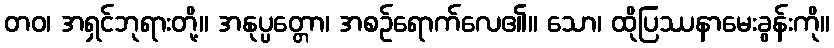
တဝ၊ အရှင်ဘုရားတို့။ အနုပ္ပတ္တော၊ အစဉ်ရောက်လေ၏။ သော၊ ထိုပြဿနာမေးခွန်းကို။